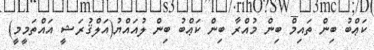
ކަޢްބު ބިން ތައިމް ބިން މުއްރާ ބިން ކަޢްބު ބިން ލުއައްޔު(އަލްޤުރަޝީ އައްތަމީމީ)